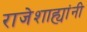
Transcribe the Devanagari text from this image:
राजेशाह्यांनी